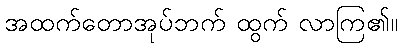
အထက်တောအုပ်ဘက် ထွက် လာကြ၏။